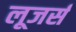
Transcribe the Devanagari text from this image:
लूजर्स